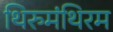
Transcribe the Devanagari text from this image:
थिरुमंथिरम